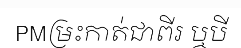
PMម្រះកាត់ជាពីរ ឬបី